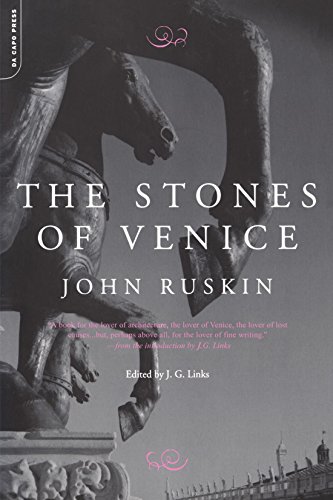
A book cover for The Stones Of Venice; John Ruskin; Arts & Photography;